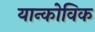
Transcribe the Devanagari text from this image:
यान्कोविक